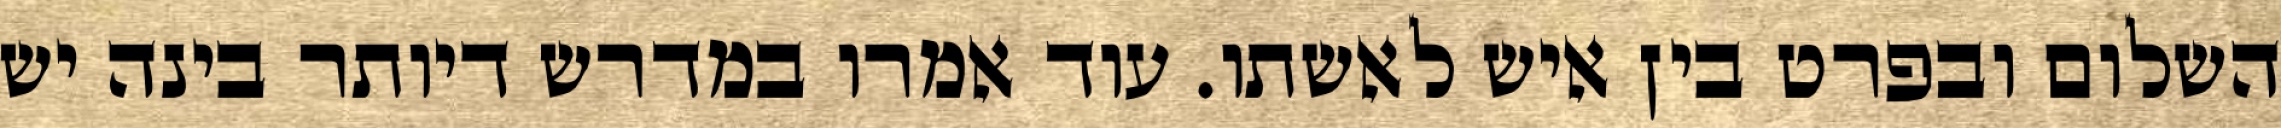
השלום ובפרט בין איש לאשתו. עוד אמרו במדרש דיותר בינה יש